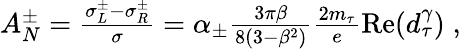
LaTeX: \begin{array}{r}{A_{N}^{\pm}={\frac{\sigma_{L}^{\pm}-\sigma_{R}^{\pm}}{\sigma}}=\alpha_{\pm}{\frac{3\pi\beta}{8(3-\beta^{2})}}{\frac{2m_{\tau}}{e}}\textrm{Re}(d_{\tau}^{\gamma})\; ,}\end{array}